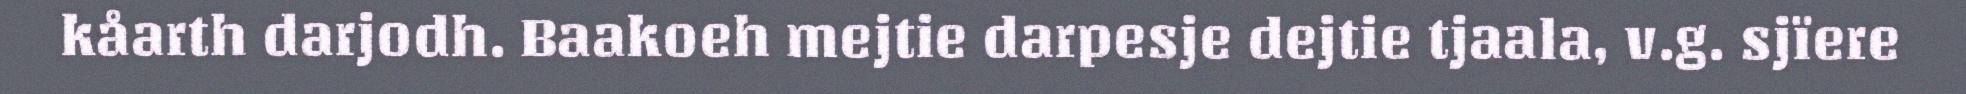
kåarth darjodh. Baakoeh mejtie darpesje dejtie tjaala, v.g. sjïere